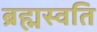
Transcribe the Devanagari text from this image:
ब्रह्मस्वति